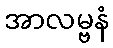
အာလမ္ဗနံ